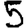
Digit: 5